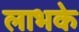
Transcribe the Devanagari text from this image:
लाभके